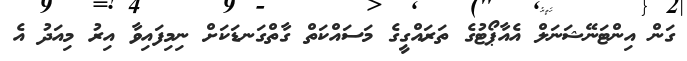
ގަން އިންޓަނޭޝަނަލް އެއާޕޯޓުގެ ތަރައްގީގެެ މަސައްކަތް ގާތްގަނޑަކަށް ނިމިފައިވާ އިރު މިއަދު އެ